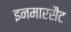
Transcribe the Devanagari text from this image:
इनमारसैट